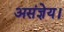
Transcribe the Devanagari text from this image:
असंज्ञेय।